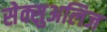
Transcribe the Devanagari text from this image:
सेक्सुअलिज